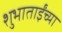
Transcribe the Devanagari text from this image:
शुभाताईंच्या